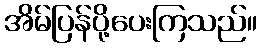
အိမ်ပြန်ပို့ပေးကြသည်။